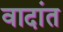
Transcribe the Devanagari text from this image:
वादांत